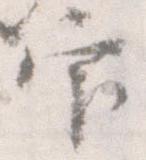
官